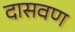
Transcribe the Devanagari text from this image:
दासवण